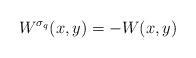
LaTeX: \begin{align*}W^{\sigma_q}(x,y)=-W(x,y)\end{align*}